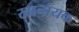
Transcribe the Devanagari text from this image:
खानायक